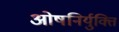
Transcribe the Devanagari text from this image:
ओषनिर्युक्ति